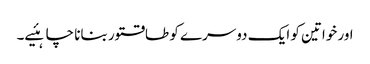
اور خواتین کو ایک دوسرے کو طاقتور بنانا چاہئیے۔